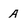
Character: A